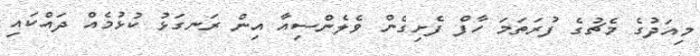
މިއަދުގެ މެޗުގެ ފުރަތަމަ ހާފް ފެށިގެން ވެލެންސިއާ އިން ރަނގަޅު ކުޅުމެއް ދައްކައި